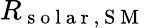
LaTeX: R_{\mathrm{~s~o~l~a~r~,~S~M~}}